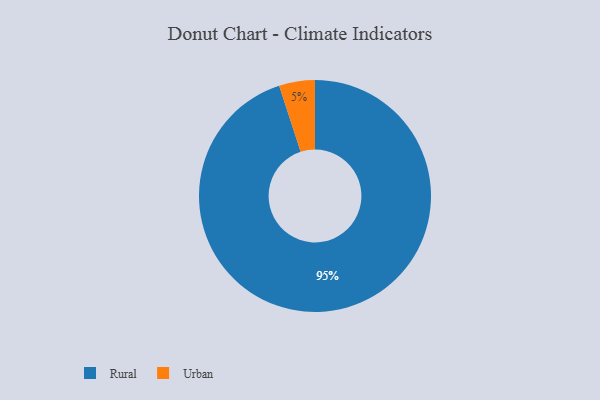
{"axis": {"x": "Category", "y": "Percentage"}, "legend": ["Rural", "Urban"], "data": [{"x": "Rural", "y": 95, "type": "Rural"}, {"x": "Urban", "y": 5, "type": "Urban"}]}